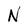
Character: N